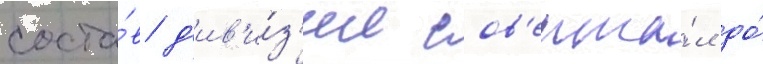
соста́в д'ив'и́з'ии сов'ерша́л до́